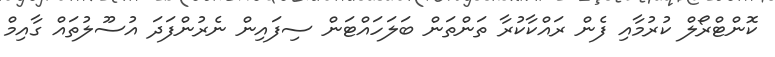
ކޮންޓްރޯލް ކުރުމާއި ފެން ރައްކާކުރާ ތަންތަން ބަލަހައްޓަން ސިފައިން ނެރުންފަދަ އުސޫލުތައް ގާއިމް